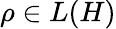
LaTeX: \rho\in L(H)